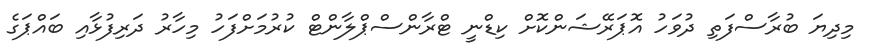
މިދިޔަ ބުރާސްފަތި ދުވަހު އޮޕަރޭޝަންކޮށް ކިޑްނީ ޓްރާންސްޕްލާންޓް ކުރުމަށްފަހު މިހާރު ދަރިފުޅާއި ބައްޕަގެ